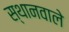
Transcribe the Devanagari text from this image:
स्थानवाले